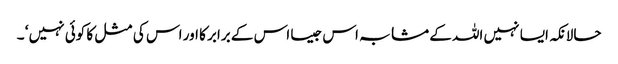
حالانکہ ایسا نہیں اللہ کے مشابہ اس جیسا اس کے برابر کا اور اس کی مثل کا کوئی نہیں ‘ ۔